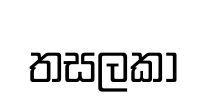
තසලකා